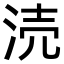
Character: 涜